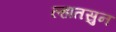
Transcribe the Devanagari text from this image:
ल्हातसुन